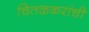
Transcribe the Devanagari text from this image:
चितळकरांची